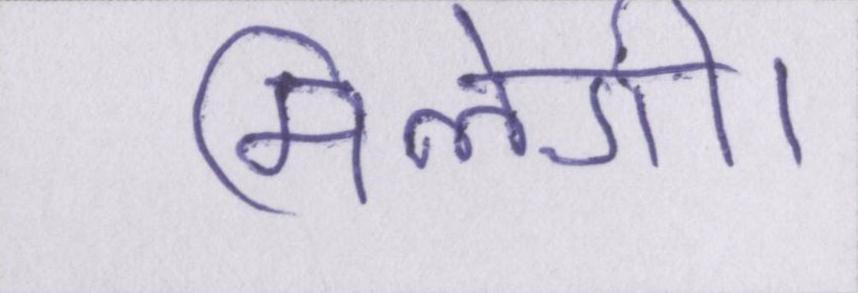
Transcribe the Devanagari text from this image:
मिलेगी।